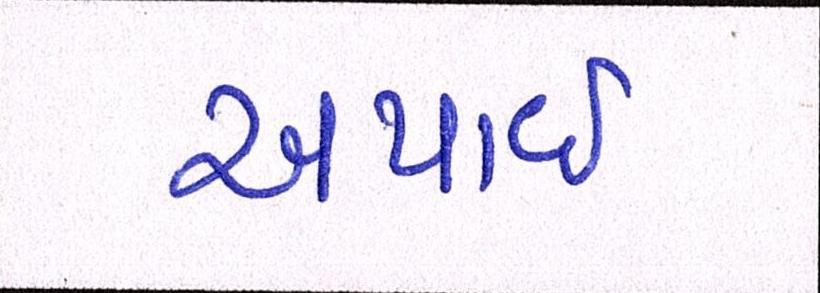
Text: અપાઇ